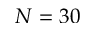
N = 3 0